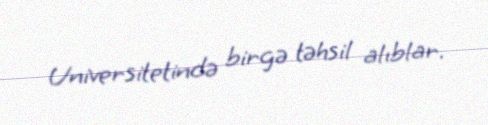
Universitetində birgə təhsil alıblar.